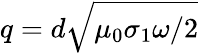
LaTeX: q=d\sqrt{\mu_{0}\sigma_{1}\omega/2}